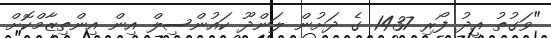
"ވަގުތު އީދު ފޯރި 1437 ގެ ދަށުން ލަންދޫ ކައުންސިލް އިން އިންތިޒާމްކޮށް